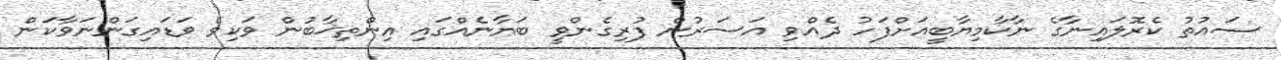
ސައުތު ކެރޮލައިނާގެ ނާކާމިޔާބީއަށްފަހު ދެއްވި އަސަރުން ފުރިގެންވީ ބަޔާނެއްގައި އިންތިޚާބުން ވަކިވެ ވަޑައިގަންނަވާކަން